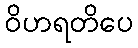
ဝိဟရတိပေ